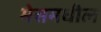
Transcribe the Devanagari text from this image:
मेसमधील